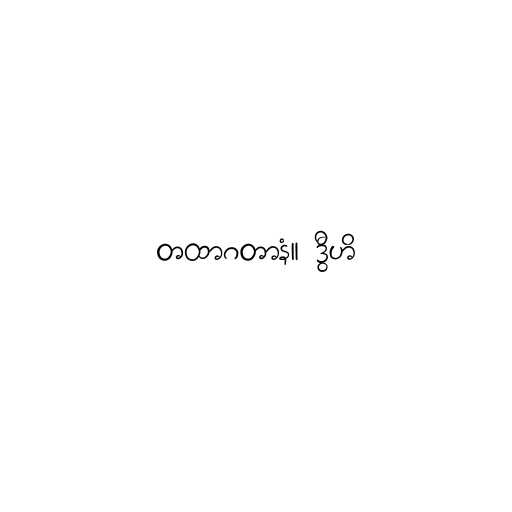
တထာဂတာနံ။ ဒွီဟိ